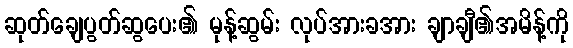
ဆုတ်ချေပွတ်ဆွပေး၏ မုန့်ဆွမ်း လုပ်အားခအား ချာချီ၏အမိန့်ကို